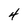
Character: 4